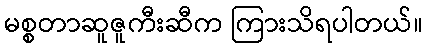
မစ္စတာဆူဇူကီးဆီက ကြားသိရပါတယ်။